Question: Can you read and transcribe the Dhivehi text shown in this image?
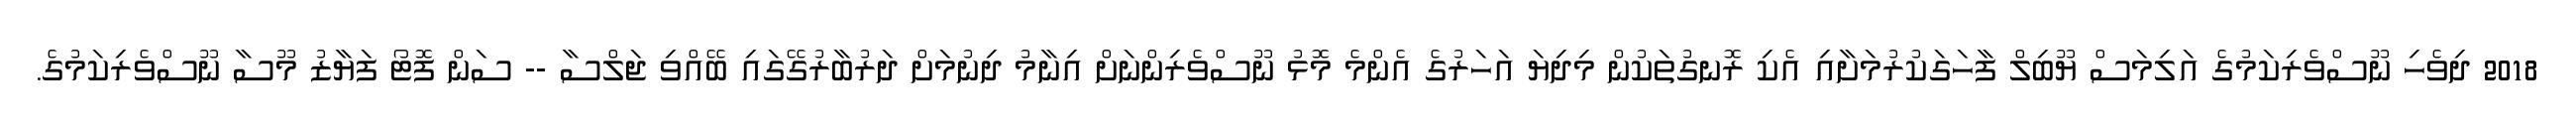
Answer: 2018 ދިވެހި ނޫސްވެރިކަމުގެ އަލިމަސް ޔޫބިލް ފާހަގަކުރުމަށާއި އެކި ރޮނގުތަކުން މިދިޔަ އަހަރުގެ އެންމެ މޮޅު ނޫސްވެރިންނަށް އިނާމު ދިނުމަށް ދަރުބާރުގޭގައި ބޭއްވި ޖަލްސާ -- ސަން ފޮޓޯ ފަޔާޒު މޫސާ ނޫސްވެރިކަމުގެ.